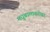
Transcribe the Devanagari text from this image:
मधुबालाबरोबर